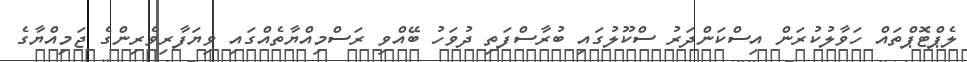
ލެޕްޓޮޕްތައް ހަވާލުކުރަން އިސްކަންދަރު ސްކޫލުގައި ބުރާސްފަތި ދުވަހު ބޭއްވި ރަސްމިއްޔާތެއްގައި ވިޔަފާރިވެރިންގެ ޖަމިއްޔާގެ